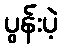
ပွန်းပဲ့